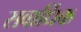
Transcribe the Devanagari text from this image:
सवार्धिक